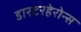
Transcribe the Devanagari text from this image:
डारटरहेरोन्स